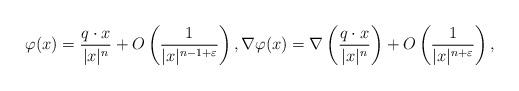
LaTeX: \begin{align*} \varphi(x) = \frac{q \cdot x}{|x|^n} + O\left(\frac{1}{|x|^{n-1+\varepsilon}} \right), \nabla \varphi(x) = \nabla \left( \frac{q\cdot x}{|x|^n} \right) + O\left(\frac{1}{|x|^{n+\varepsilon}} \right), \end{align*}